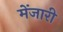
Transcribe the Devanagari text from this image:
मेंजारी